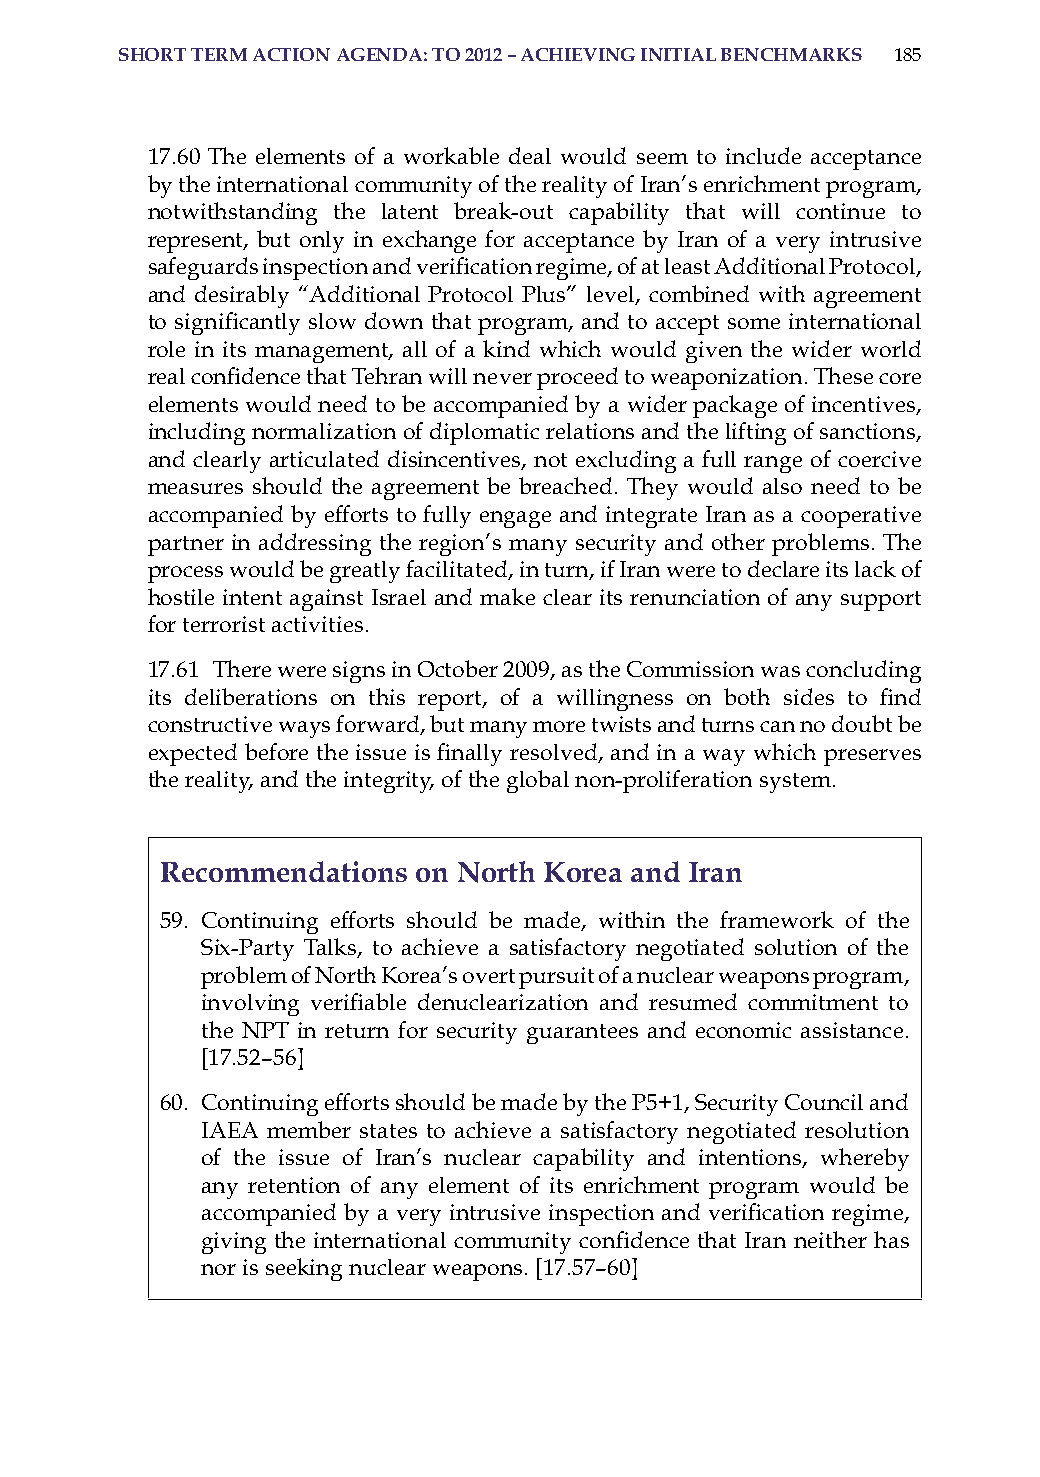
short term action aGenda: to 2012 – achievinG initial Benchmarks 185
 17.60 The elements of a workable deal would seem to include acceptance
 by the international community of the reality of iran’s enrichment program,
 notwithstanding the latent break-out capability that will continue to
 represent, but only in exchange for acceptance by iran of a very intrusive
 safeguards inspection and verification regime, of at least Additional Protocol,
 and desirably “additional Protocol Plus” level, combined with agreement
 to significantly slow down that program, and to accept some international
 role in its management, all of a kind which would given the wider world
 real confidence that Tehran will never proceed to weaponization. These core
 elements would need to be accompanied by a wider package of incentives,
 including normalization of diplomatic relations and the lifting of sanctions,
 and clearly articulated disincentives, not excluding a full range of coercive
 measures should the agreement be breached. They would also need to be
 accompanied by efforts to fully engage and integrate iran as a cooperative
 partner in addressing the region’s many security and other problems. The
 process would be greatly facilitated, in turn, if iran were to declare its lack of
 hostile intent against israel and make clear its renunciation of any support
 for terrorist activities.
 17.61 There were signs in october 2009, as the Commission was concluding
 its deliberations on this report, of a willingness on both sides to find
 constructive ways forward, but many more twists and turns can no doubt be
 expected before the issue is finally resolved, and in a way which preserves
 the reality, and the integrity, of the global non-proliferation system.
 recommendations on north korea and iran
 59. Continuing efforts should be made, within the framework of the
 six-Party Talks, to achieve a satisfactory negotiated solution of the
 problem of North Korea’s overt pursuit of a nuclear weapons program,
 involving verifiable denuclearization and resumed commitment to
 the NPT in return for security guarantees and economic assistance.
 [17.52–56]
 60. Continuing efforts should be made by the P5+1, security Council and
 iaEa member states to achieve a satisfactory negotiated resolution
 of the issue of iran’s nuclear capability and intentions, whereby
 any retention of any element of its enrichment program would be
 accompanied by a very intrusive inspection and verification regime,
 giving the international community confidence that Iran neither has
 nor is seeking nuclear weapons. [17.57–60]